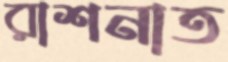
রাশনাত